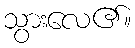
သွားလေ၏။